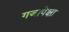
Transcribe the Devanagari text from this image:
गजापेक्षा